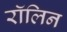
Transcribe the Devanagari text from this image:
रॉलिन